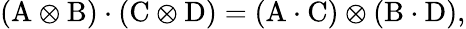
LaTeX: (\mathrm{A}\otimes\mathrm{B})\cdot(\mathrm{C}\otimes\mathrm{D})=(\mathrm{A}\cdot\mathrm{C})\otimes(\mathrm{B}\cdot\mathrm{D}),